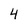
Character: 4